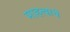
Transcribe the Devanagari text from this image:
माहत्वाचे